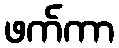
ဖက်ကာ